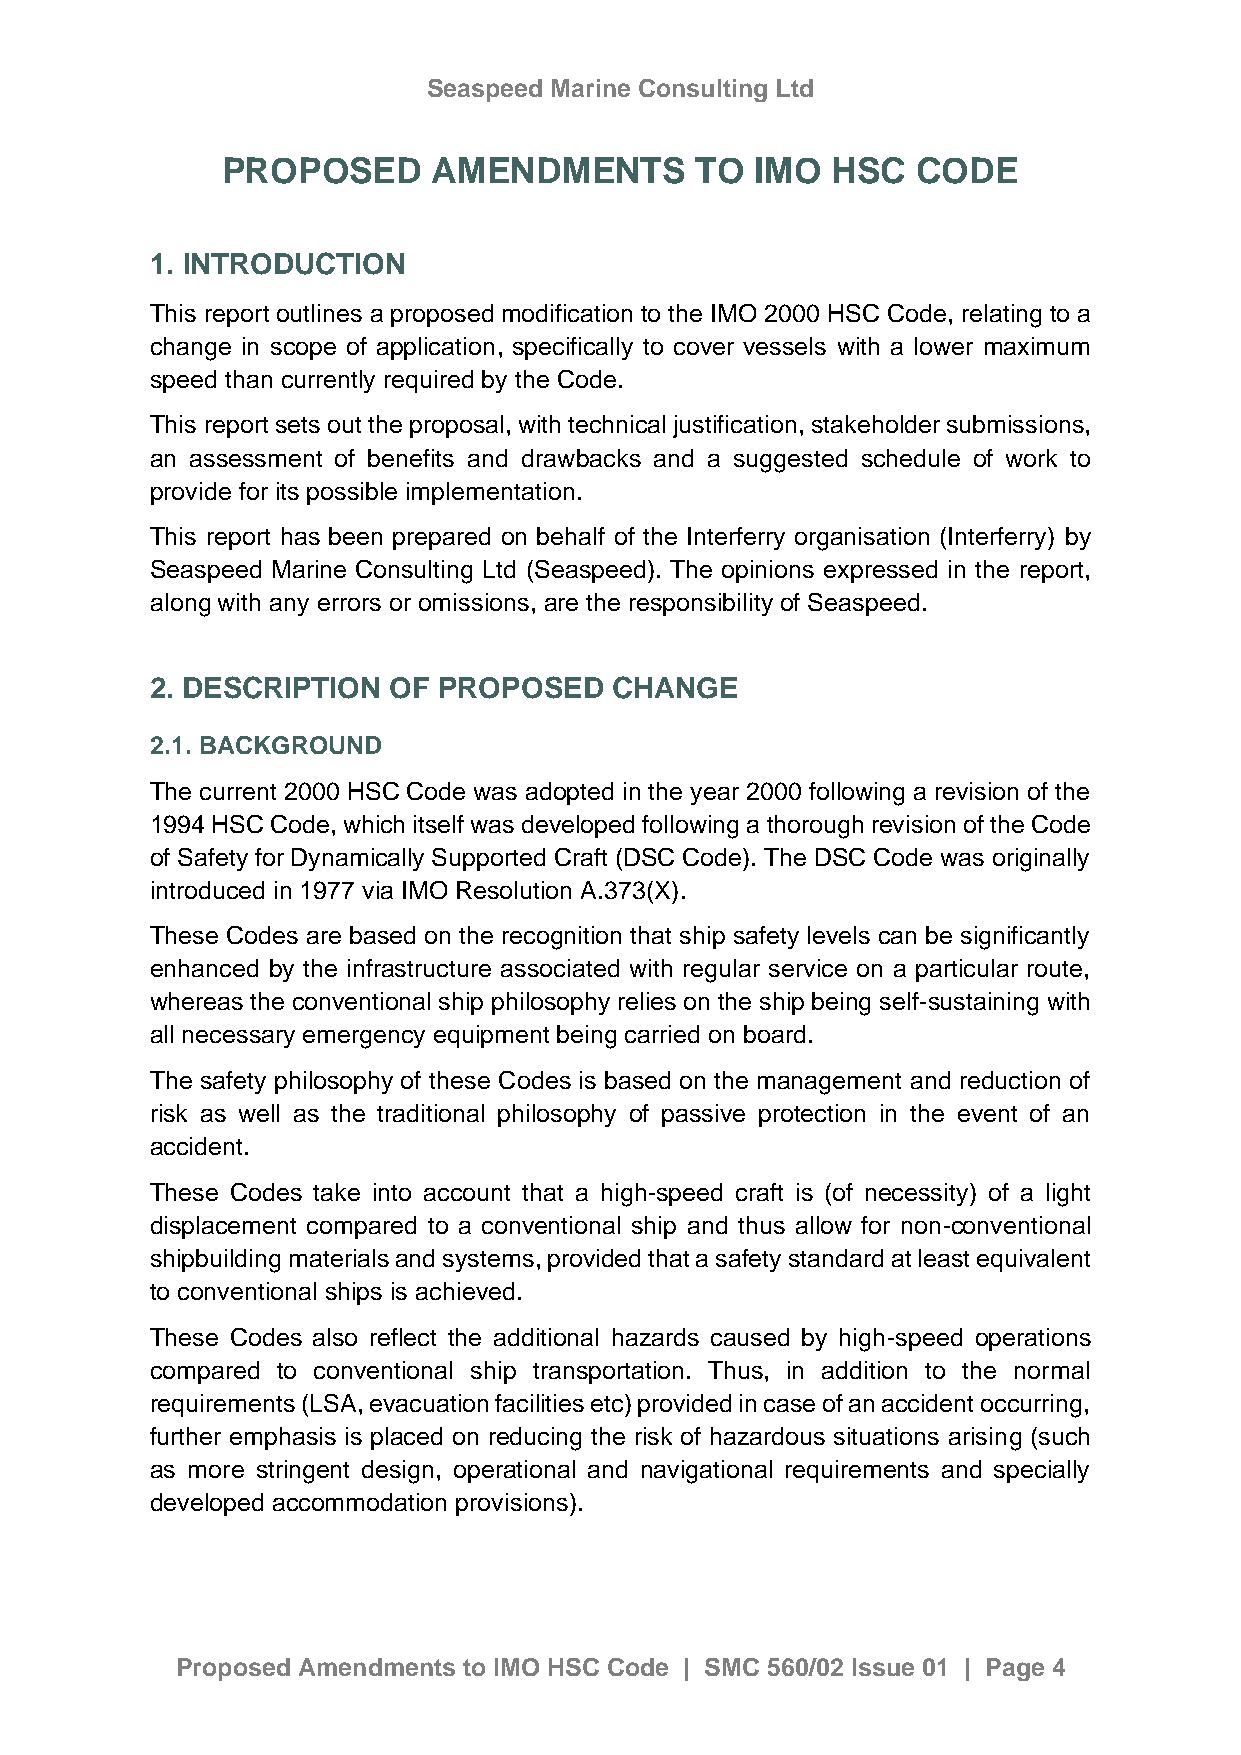
Seaspeed Marine Consulting Ltd
 PROPOSED      AMENDMENTS       TO  IMO  HSC   CODE
 1. INTRODUCTION
 This report outlines a proposed modification to the IMO 2000 HSC Code, relating to a
 change in scope of application, specifically to cover vessels with a lower maximum
 speed than currently required by the Code.
 This report sets out the proposal, with technical justification, stakeholder submissions,
 an assessment of benefits and drawbacks and a suggested schedule of work to
 provide for its possible implementation.
 This report has been prepared on behalf of the Interferry organisation (Interferry) by
 Seaspeed Marine Consulting Ltd (Seaspeed). The opinions expressed in the report,
 along with any errors or omissions, are the responsibility of Seaspeed.
 2. DESCRIPTION  OF PROPOSED    CHANGE
 2.1. BACKGROUND
 The current 2000 HSC Code was adopted in the year 2000 following a revision of the
 1994 HSC Code, which itself was developed following a thorough revision of the Code
 of Safety for Dynamically Supported Craft (DSC Code). The DSC Code was originally
 introduced in 1977 via IMO Resolution A.373(X).
 These Codes are based on the recognition that ship safety levels can be significantly
 enhanced by the infrastructure associated with regular service on a particular route,
 whereas the conventional ship philosophy relies on the ship being self-sustaining with
 all necessary emergency equipment being carried on board.
 The safety philosophy of these Codes is based on the management and reduction of
 risk as well as the traditional philosophy of passive protection in the event of an
 accident.
 These Codes take into account that a high-speed craft is (of necessity) of a light
 displacement compared to a conventional ship and thus allow for non-conventional
 shipbuilding materials and systems, provided that a safety standard at least equivalent
 to conventional ships is achieved.
 These Codes also reflect the additional hazards caused by high-speed operations
 compared to conventional ship transportation. Thus, in addition to the normal
 requirements (LSA, evacuation facilities etc) provided in case of an accident occurring,
 further emphasis is placed on reducing the risk of hazardous situations arising (such
 as more stringent design, operational and navigational requirements and specially
 developed accommodation provisions).
 Proposed Amendments to IMO HSC Code | SMC 560/02 Issue 01 | Page 4